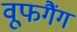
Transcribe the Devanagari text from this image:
वूफगैंग